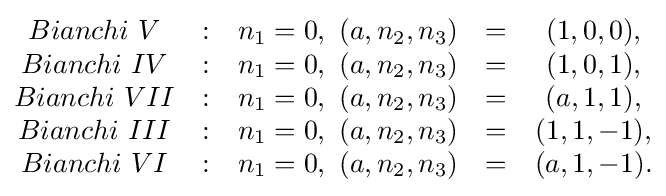
{\begin{matrix}Bianchi\ V&:&n_{1}=0,\ (a,n_{2},n_{3})&=&(1,0,0),\\Bianchi\ IV&:&n_{1}=0,\ (a,n_{2},n_{3})&=&(1,0,1),\\Bianchi\ VII&:&n_{1}=0,\ (a,n_{2},n_{3})&=&(a,1,1),\\Bianchi\ III&:&n_{1}=0,\ (a,n_{2},n_{3})&=&(1,1,-1),\\Bianchi\ VI&:&n_{1}=0,\ (a,n_{2},n_{3})&=&(a,1,-1).\end{matrix}}